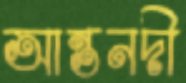
আন্তনদী